Indian journal of veterinary science and animal husbandry - Volume 1,
Year: 1931
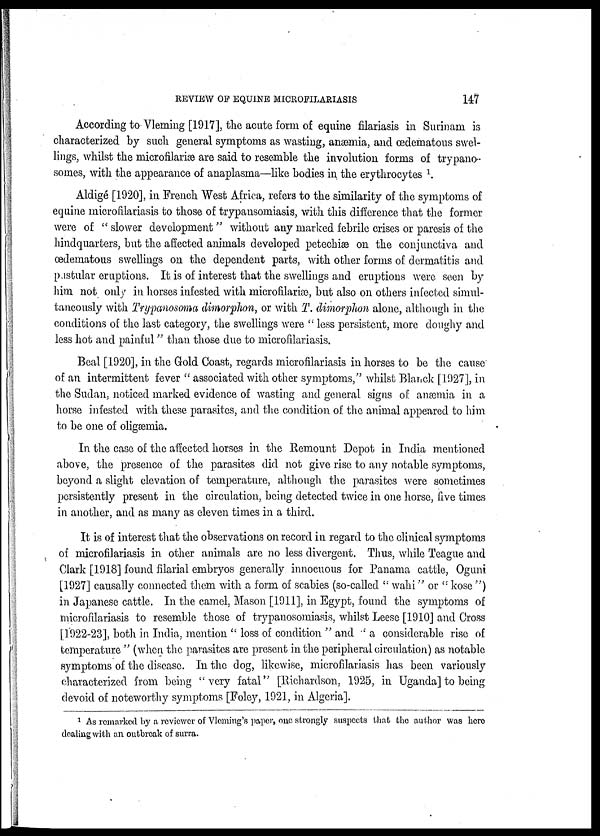
REVIEW OF EQUINE
MICROFILARIASIS
147
According to Vleming [1917], the acute form of equine filariasis in Surinam is
characterized by such general symptoms as wasting, anæmia, and œdematous swel-
lings, whilst the microfilariæ are said to resemble the involution forms of trypano-
somes, with the appearance of anaplasma—like bodies in the erythrocytes 1 .
Aldigé [1920], in French West Africa, refers to the similarity of the symptoms of
equine microfilariasis to those of trypansomiasis, with this difference that the former
were of " slower development " without any marked febrile crises or paresis of the
hindquarters, but the affected animals developed petechiæ on the conjunctiva and
œdematous swellings on the dependent parts, with other forms of dermatitis and
pastular eruptions. It is of interest that the swellings and eruptions were seen by
him not only in horses infested with microfilariæ, but also on others infected simul-
taneously with Trypanosoma dimorphon, or with T. dimorphon alone, although in the
conditions of the last category, the swellings were " less persistent, more doughy and
less hot and painful " than those due to microfilariasis.
Beal [1920], in the Gold Coast, regards microfilariasis in horses to be the cause
of an intermittent fever " associated with other symptoms," whilst Blanck [1927], in
the Sudan, noticed marked evidence of wasting and general signs of anæmia in a
horse infested with these parasites, and the condition of the animal appeared to him
to be one of oligæmia.
In the case of the affected horses in the Remount Depot in India mentioned
above, the presence of the parasites did not give rise to any notable symptoms,
beyond a slight elevation of temperature, although the parasites were sometimes
persistently present in the circulation, being detected twice in one horse, five times
in another, and as many as eleven times in a third.
It is of interest that the observations on record in regard to the clinical symptoms
of microfilariasis in other animals are no less divergent. Thus, while Teague and
Clark [1918] found filarial embryos generally innocuous for Panama cattle, Oguni
[1927] causally connected them with a form of scabies (so-called "wahi" or "kose")
in Japanese cattle. In the camel, Mason [1911], in Egypt, found the symptoms of
microfilariasis to resemble those of trypanosomiasis, whilst Leese [1910] and Cross
[1922-23], both in India, mention " loss of condition " and ' a considerable rise of
temperature " (when the parasites are present in the peripheral circulation) as notable
symptoms of the disease. In the dog, likewise, microfilariasis has been variously
characterized from being "very fatal" [Richardson, 1925, in Uganda] to being
devoid of noteworthy symptoms [Foley, 1921, in Algeria].
1 As remarked by a reviewer of Vleming's paper, one strongly suspects that the author was here
dealing with an outbreak of surra.